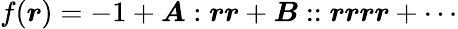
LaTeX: f(\boldsymbol{r})=-1+\boldsymbol{A}:\boldsymbol{rr}+\boldsymbol{B}::\boldsymbol{rrrr}+\cdots